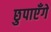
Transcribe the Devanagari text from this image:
छुपाएँगे